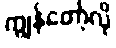
ကျွန်တော့်လို